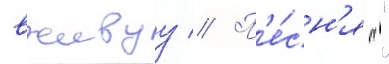
вживуу // П'е́сн'я ""